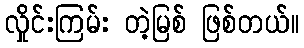
လှိုင်းကြမ်း တဲ့မြစ် ဖြစ်တယ်။